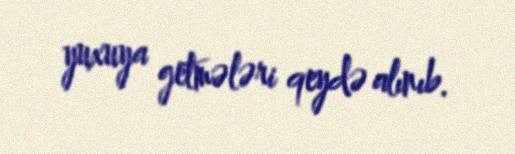
yuxuya getmələri qeydə alınıb.